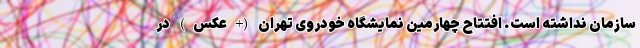
سازمان نداشته است. افتتاح چهارمین نمایشگاه خودروی تهران (+عکس) در